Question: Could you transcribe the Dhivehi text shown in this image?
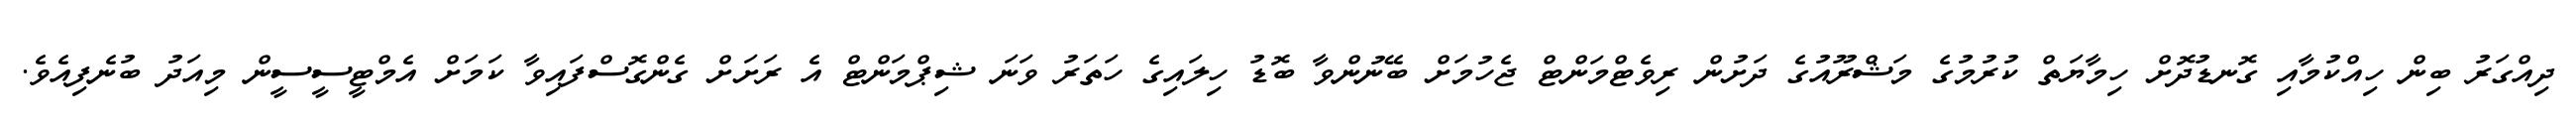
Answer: ދިއްގަރު ބިން ހިއްކުމާއި ގޮނޑުދޮށް ހިމާޔަތް ކުރުމުގެ މަޝްރޫއުގެ ދަށުން ރިވެޓްމަންޓް ޖެހުމަށް ބޭނުންވާ ބޮޑު ހިލައިގެ ހަތަރު ވަނަ ޝިޕްމަންޓް އެ ރަށަށް ގެންގޮސްފައިވާ ކަމަށް އެމްޓީސީސީން މިއަދު ބުނެފިއެވެ.